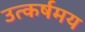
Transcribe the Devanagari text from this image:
उत्कर्षमय